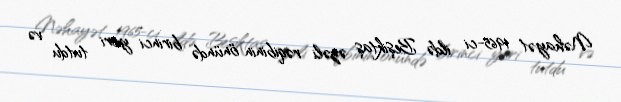
Nəhayət 1965-ci ildə Beşiktaş əzəli rəqibinin önündə birinci yeri tutdu və